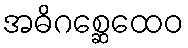
အဓိဂစ္ဆေထေဝ